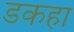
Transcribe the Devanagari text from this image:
डकहा